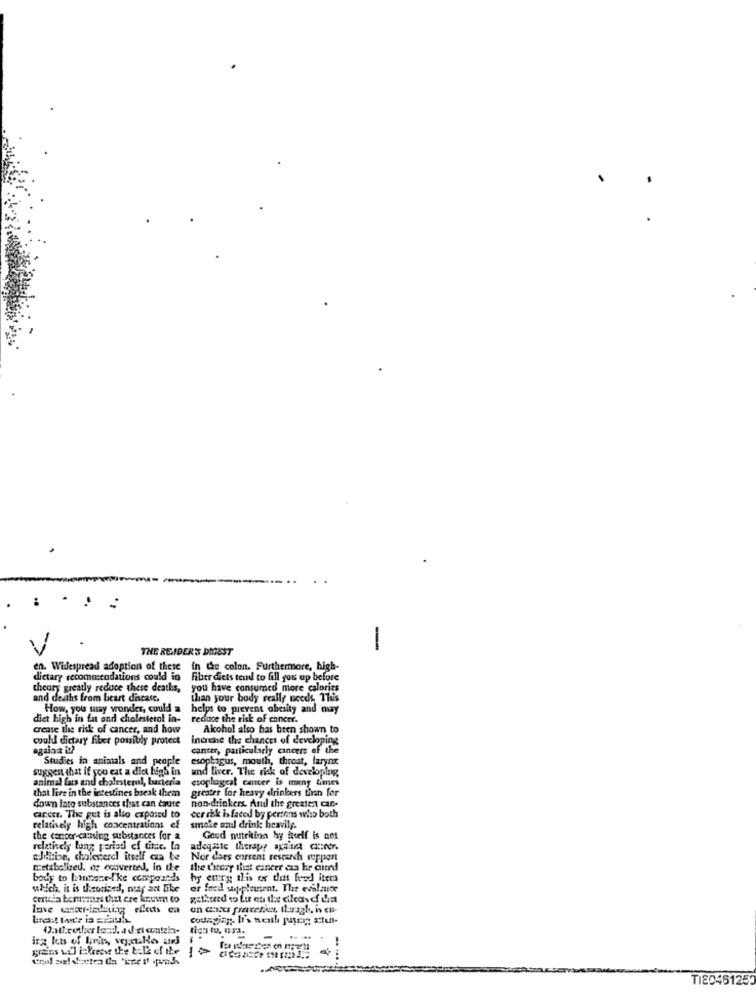
THE READER'S DIGEST
-
en. Widespread adoption of these in the colon. Furthermore, high-
dietary recommendations could in Fiber dicts tend to fill you up before
theory greatly reduce these deaths,
you have consumed more calories
and deaths from beart discase.
than your body really neces, Thus
How, you may wonder, could a helps to prevent obesity an
helps to prevent obesity and may
diet high in fat and cholesterol in-
crease the risk of cancer, and how
Alkohol also has been shown to
could dietary fiber possibly protect
inerche the chances of developing
againz it?
cancer, particularly cancers of the
Studies in animals and people
esophagus, mouth, throat, larynx
suggest that if you eat a dict high En
and liver. The risk of developing
animal fats and cholesterol, barieria
esoplagcal cancer is miny times
greater for heavy drinkers than for
that live in the intestines break them
down lato substances that can cause
non drinkers. And the greaten car-
career. The gut is also exposed to
cer ak is faced by persons who both
relatively high concentrations cf
smoke and drink heavily.
the cancer-causing substances for a
Good nutrition hy fivelf is not
relatively lung period of time. la
adegasle therapy apaura ciner.
aJolie, cholevercl itself can be
Nor does current research support
metabolized. of converted, in the
the theory that cancer da he cerd
body to bittece-like compounds
hy enrg this ex ditt fred) itet
which, it is theocised, mas zat like
or foed s-planent. The evilauce
centkia besoinzs that ere kevin to
getbored o Lu en die cikeas cf dia
Ine war-inking elles ca
codaging Ii's nesth payer; atten-
liga to. uma.
10
TI8046125